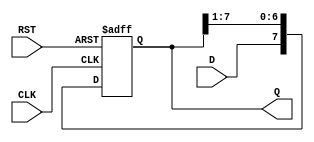
module Shift_Register #(
    parameter N = 8 // Parameter to define the size of the shift register (default is 8 bits)
)(
    input wire D,              // Data input
    input wire CLK,            // Clock signal
    input wire RST,            // Asynchronous reset signal
    output reg [N-1:0] Q       // Data output (current state of the shift register)
);

    always @(posedge CLK or posedge RST) begin
        if (RST) begin
            Q <= {N{1'b0}}; // Reset the shift register to 0
        end else begin
            Q <= {D, Q[N-1:1]}; // Shift right and insert new data at the MSB
        end
    end

endmodule